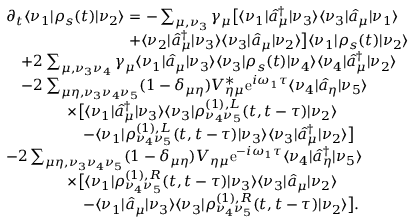
\begin{array} { r l } & { \partial _ { t } \langle \nu _ { 1 } | \rho _ { s } ( t ) | \nu _ { 2 } \rangle = - \sum _ { \mu , \nu _ { 3 } } \gamma _ { \mu } \big [ \langle \nu _ { 1 } | \hat { a } _ { \mu } ^ { \dagger } | \nu _ { 3 } \rangle \langle \nu _ { 3 } | \hat { a } _ { \mu } | \nu _ { 1 } \rangle } \\ & { \qquad \qquad \qquad \qquad + \langle \nu _ { 2 } | \hat { a } _ { \mu } ^ { \dagger } | \nu _ { 3 } \rangle \langle \nu _ { 3 } | \hat { a } _ { \mu } | \nu _ { 2 } \rangle \big ] \langle \nu _ { 1 } | \rho _ { s } ( t ) | \nu _ { 2 } \rangle } \\ & { \quad + 2 \sum _ { \mu , \nu _ { 3 } \nu _ { 4 } } \gamma _ { \mu } \langle \nu _ { 1 } | \hat { a } _ { \mu } | \nu _ { 3 } \rangle \langle \nu _ { 3 } | \rho _ { s } ( t ) | \nu _ { 4 } \rangle \langle \nu _ { 4 } | \hat { a } _ { \mu } ^ { \dagger } | \nu _ { 2 } \rangle } \\ & { \quad - 2 \sum _ { \mu \eta , \nu _ { 3 } \nu _ { 4 } \nu _ { 5 } } ( 1 - \delta _ { \mu \eta } ) V _ { \eta \mu } ^ { * } \mathrm { e } ^ { i \omega _ { 1 } \tau } \langle \nu _ { 4 } | \hat { a } _ { \eta } | \nu _ { 5 } \rangle } \\ & { \qquad \qquad \times \big [ \langle \nu _ { 1 } | \hat { a } _ { \mu } ^ { \dagger } | \nu _ { 3 } \rangle \langle \nu _ { 3 } | \rho _ { \nu _ { 4 } \nu _ { 5 } } ^ { ( 1 ) , L } ( t , t - \tau ) | \nu _ { 2 } \rangle } \\ & { \qquad \qquad \quad - \langle \nu _ { 1 } | \rho _ { \nu _ { 4 } \nu _ { 5 } } ^ { ( 1 ) , L } ( t , t - \tau ) | \nu _ { 3 } \rangle \langle \nu _ { 3 } | \hat { a } _ { \mu } ^ { \dagger } | \nu _ { 2 } \rangle \big ] } \\ & { - 2 \sum _ { \mu \eta , \nu _ { 3 } \nu _ { 4 } \nu _ { 5 } } ( 1 - \delta _ { \mu \eta } ) V _ { \eta \mu } \mathrm { e } ^ { - i \omega _ { 1 } \tau } \langle \nu _ { 4 } | \hat { a } _ { \eta } ^ { \dagger } | \nu _ { 5 } \rangle } \\ & { \qquad \qquad \times \big [ \langle \nu _ { 1 } | \rho _ { \nu _ { 4 } \nu _ { 5 } } ^ { ( 1 ) , R } ( t , t - \tau ) | \nu _ { 3 } \rangle \langle \nu _ { 3 } | \hat { a } _ { \mu } | \nu _ { 2 } \rangle } \\ & { \qquad \qquad \quad - \langle \nu _ { 1 } | \hat { a } _ { \mu } | \nu _ { 3 } \rangle \langle \nu _ { 3 } | \rho _ { \nu _ { 4 } \nu _ { 5 } } ^ { ( 1 ) , R } ( t , t - \tau ) | \nu _ { 2 } \rangle \big ] . } \end{array}